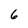
Character: 6